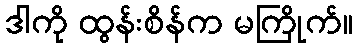
ဒါကို ထွန်းစိန်က မကြိုက်။